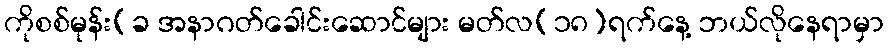
ကိုစစ်မုန်း(ခ အနာဂတ်ခေါင်းဆောင်များ မတ်လ(၁၈)ရက်နေ့ ဘယ်လိုနေရာမှာ